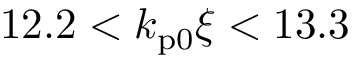
1 2 . 2 < k _ { \mathrm { p 0 } } \xi < 1 3 . 3